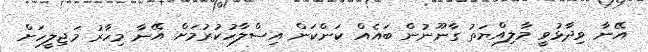
އޭނާ ވިދާޅުވީ މާލިއްޔަތު ގާނޫނުން ބައެއް ކަންކަން އިސްލާހުކުރުމަށް އޭނާ މިހާރު މަޖިލީހަށް